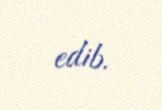
edib.